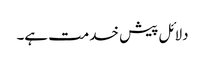
دلائل پیش خدمت ہے۔